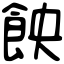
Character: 䬬